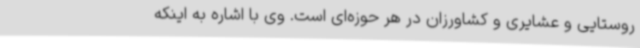
روستایی و عشایری و کشاورزان در هر حوزه‌ای است. وی با اشاره به اینکه